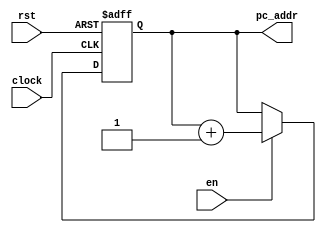
`timescale 1ns / 1ps
//PC, program counter
module counter(pc_addr, clock, rst, en);
input clock, rst, en;
output reg [7:0] pc_addr;

always @(posedge clock or negedge rst) begin
	if(!rst) begin
		pc_addr <= 8'd0;
	end
	else begin
		if(en) pc_addr <= pc_addr+1;
		else pc_addr <= pc_addr;
	end
end

endmodule